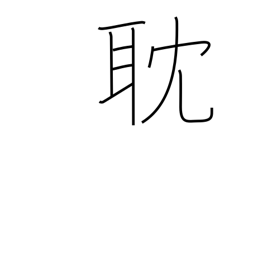
Meaning: absorbed in